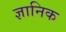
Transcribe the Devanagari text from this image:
ज्ञानिक